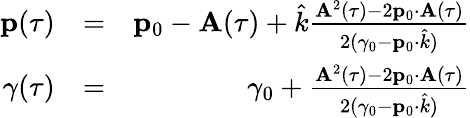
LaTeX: \begin{array}{rlr}{{\mathbf p}(\tau)}&{=}&{{\mathbf p}_{0}-{\mathbf A}(\tau)+\hat{k}\frac{{\mathbf A}^{2}(\tau)-2{\mathbf p}_{0}\cdot{\mathbf A}(\tau)}{2(\gamma_{0}-{\mathbf p}_{0}\cdot\hat{k})}}\\ {\gamma(\tau)}&{=}&{\gamma_{0}+\frac{{\mathbf A}^{2}(\tau)-2{\mathbf p}_{0}\cdot{\mathbf A}(\tau)}{2(\gamma_{0}-{\mathbf p}_{0}\cdot\hat{k})}}\end{array}